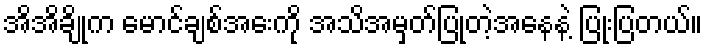
အိအိချိုက မောင်ချစ်အေးကို အသိအမှတ်ပြုတဲ့အနေနဲ့ ပြုံးပြတယ်။